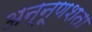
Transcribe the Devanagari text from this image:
अन्नूणशता